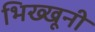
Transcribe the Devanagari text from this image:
भिख्खूनी